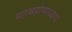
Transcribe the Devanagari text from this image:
महमहोपाध्याय